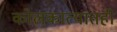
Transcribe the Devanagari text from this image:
कोलकात्यातही